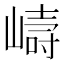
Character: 𭗇